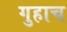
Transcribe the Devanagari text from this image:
गुहाच